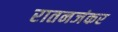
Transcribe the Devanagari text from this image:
रातनजंकर